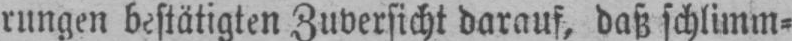
rungen bestätigten Zuversicht darauf, daß schlimm⸗